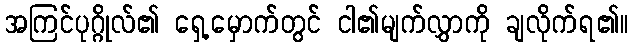
အကြင်ပုဂ္ဂိုလ်၏ ရှေ့မှောက်တွင် ငါ၏မျက်လွှာကို ချလိုက်ရ၏။